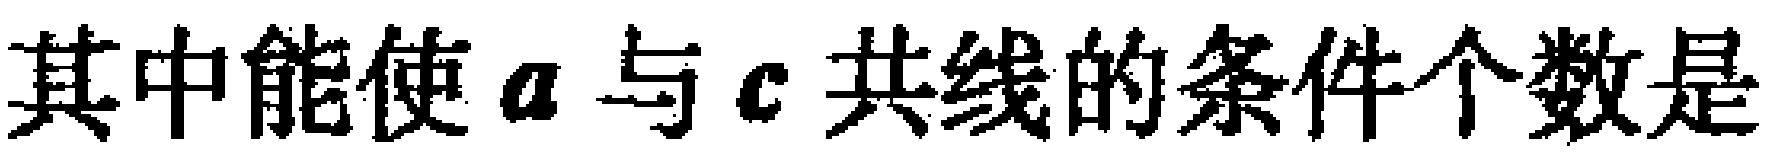
其中能使\(a\)与\(c\)共线的条件个数是